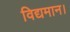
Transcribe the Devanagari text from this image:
विद्यमान।